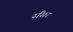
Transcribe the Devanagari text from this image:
सैंसर